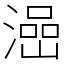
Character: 澏